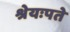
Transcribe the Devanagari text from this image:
श्रेयःपते